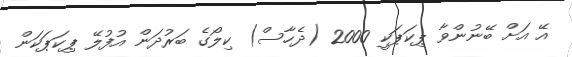
އޭ އަށް ބޭނުންވާ ޕިކަޕަކީ 2000 (ދެހާސް) ކިލޯގެ ބަރުދަން އުފުލޭ ޕިކަޕަކަން